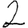
Digit: 2